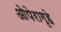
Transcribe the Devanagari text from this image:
ओपेरागृहे